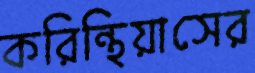
করিন্থিয়াসের